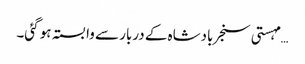
… مہستی سنجر بادشاہ کے دربار سے وابستہ ہو گئی۔